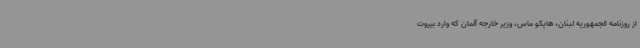
از روزنامه الجمهوریه لبنان، هایکو ماس، وزیر خارجه آلمان که وارد بیروت